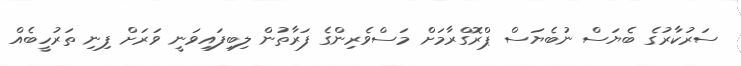
ސަރުކާރުގެ ބެޔަސް ނުބެޔަސް ޕްރޮގްރާމަށް މަސްވެރިންގެ ފަރާތުން ލިބިފައިވަނީ ވަރަށް ފިނި ތަރުހީބެއް